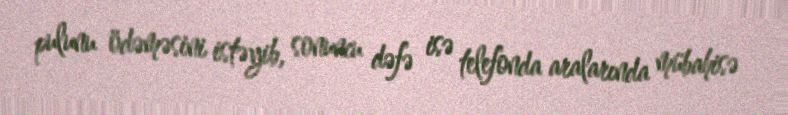
pulunu ödəməsini istəyib, sonuncu dəfə isə telefonda aralarında mübahisə